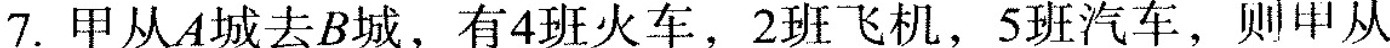
7.甲从A城去B城，有4班火车，2班飞机，5班汽车，则甲从